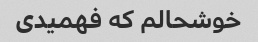
خوشحالم که فهمیدی